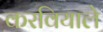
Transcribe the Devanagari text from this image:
करवियाले